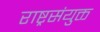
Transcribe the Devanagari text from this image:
राष्ट्रसंयुक्त